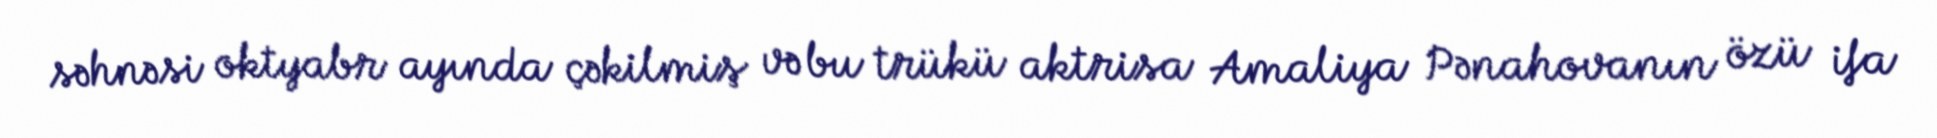
səhnəsi oktyabr ayında çəkilmiş və bu trükü aktrisa Amaliya Pənahovanın özü ifa